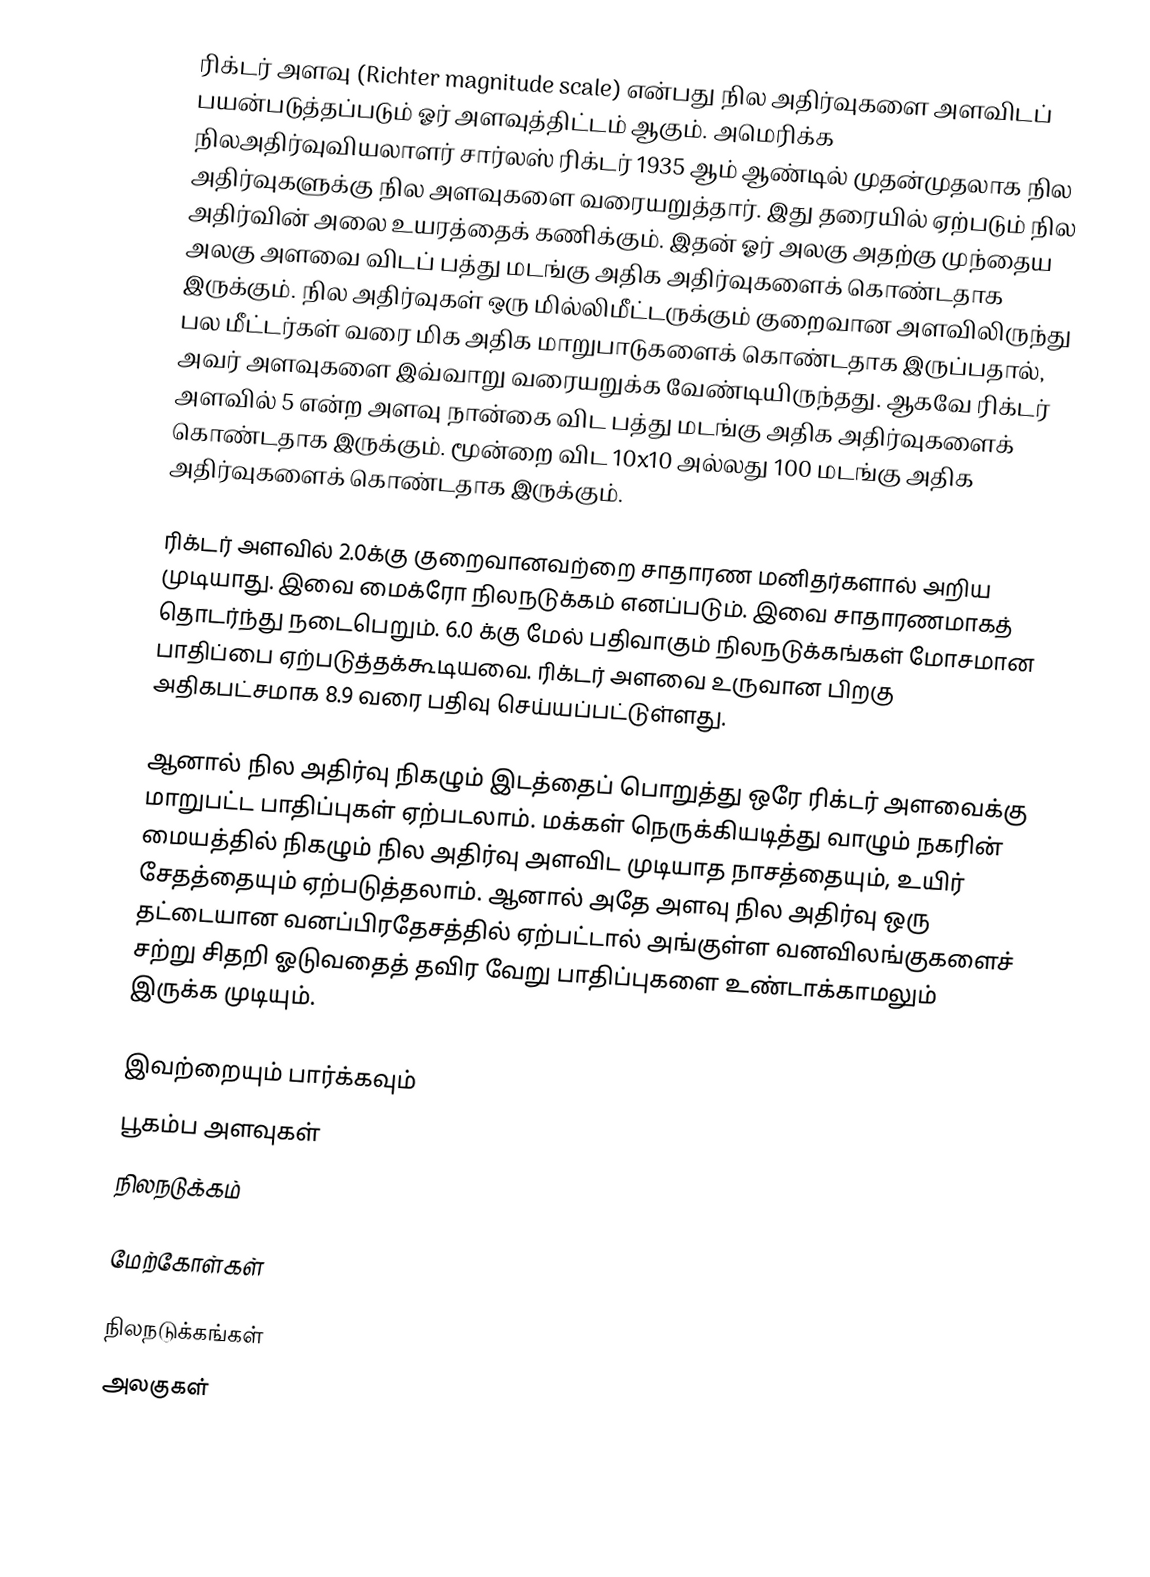
ரிக்டர் அளவு (Richter magnitude scale) என்பது நில அதிர்வுகளை அளவிடப் பயன்படுத்தப்படும் ஓர் அளவுத்திட்டம் ஆகும். அமெரிக்க நிலஅதிர்வுவியலாளர் சார்லஸ் ரிக்டர் 1935 ஆம் ஆண்டில் முதன்முதலாக நில அதிர்வுகளுக்கு நில அளவுகளை வரையறுத்தார். இது தரையில் ஏற்படும் நில அதிர்வின் அலை உயரத்தைக் கணிக்கும். இதன் ஓர் அலகு அதற்கு முந்தைய அலகு அளவை விடப் பத்து மடங்கு அதிக அதிர்வுகளைக் கொண்டதாக இருக்கும். நில அதிர்வுகள் ஒரு மில்லிமீட்டருக்கும் குறைவான அளவிலிருந்து பல மீட்டர்கள் வரை மிக அதிக மாறுபாடுகளைக் கொண்டதாக இருப்பதால், அவர் அளவுகளை இவ்வாறு வரையறுக்க வேண்டியிருந்தது. ஆகவே ரிக்டர் அளவில் 5 என்ற அளவு நான்கை விட பத்து மடங்கு அதிக அதிர்வுகளைக் கொண்டதாக இருக்கும். மூன்றை விட 10x10 அல்லது 100 மடங்கு அதிக அதிர்வுகளைக் கொண்டதாக இருக்கும்.

ரிக்டர் அளவில் 2.0க்கு குறைவானவற்றை சாதாரண மனிதர்களால் அறிய முடியாது. இவை மைக்ரோ நிலநடுக்கம் எனப்படும். இவை சாதாரணமாகத் தொடர்ந்து நடைபெறும். 6.0 க்கு மேல் பதிவாகும் நிலநடுக்கங்கள் மோசமான பாதிப்பை ஏற்படுத்தக்கூடியவை. ரிக்டர் அளவை உருவான பிறகு அதிகபட்சமாக 8.9 வரை பதிவு செய்யப்பட்டுள்ளது.

ஆனால் நில அதிர்வு நிகழும் இடத்தைப் பொறுத்து ஒரே ரிக்டர் அளவைக்கு மாறுபட்ட பாதிப்புகள் ஏற்படலாம். மக்கள் நெருக்கியடித்து வாழும் நகரின் மையத்தில் நிகழும் நில அதிர்வு அளவிட முடியாத நாசத்தையும், உயிர் சேதத்தையும் ஏற்படுத்தலாம். ஆனால் அதே அளவு நில அதிர்வு ஒரு தட்டையான வனப்பிரதேசத்தில் ஏற்பட்டால் அங்குள்ள வனவிலங்குகளைச் சற்று சிதறி ஓடுவதைத் தவிர வேறு பாதிப்புகளை உண்டாக்காமலும் இருக்க முடியும்.

இவற்றையும் பார்க்கவும்
 பூகம்ப அளவுகள்
 நிலநடுக்கம்

மேற்கோள்கள்

நிலநடுக்கங்கள்
அலகுகள்